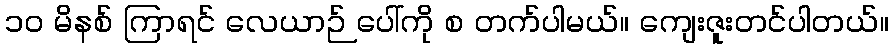
၁၀ မိနစ် ကြာရင် လေယာဉ် ပေါ်ကို စ တက်ပါမယ်။ ကျေးဇူးတင်ပါတယ်။